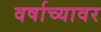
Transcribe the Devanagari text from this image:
वर्षाच्यावर